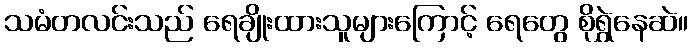
သမံတလင်းသည် ရေချိုးထားသူများကြောင့် ရေတွေ စိုရွှဲနေဆဲ။